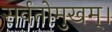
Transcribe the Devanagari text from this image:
सर्वतोमुखम्।